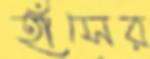
হাঁসের